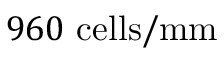
9 6 0 ~ \mathrm { c e l l s } / \mathrm { m m }